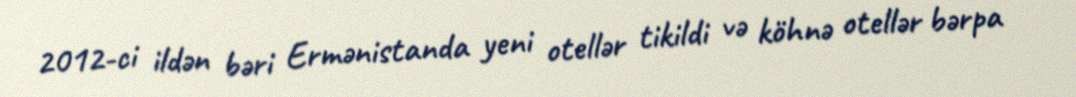
2012-ci ildən bəri Ermənistanda yeni otellər tikildi və köhnə otellər bərpa